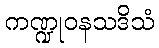
ကဏ္ဍုဝနသဒိသံ